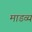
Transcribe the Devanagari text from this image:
माडव्य